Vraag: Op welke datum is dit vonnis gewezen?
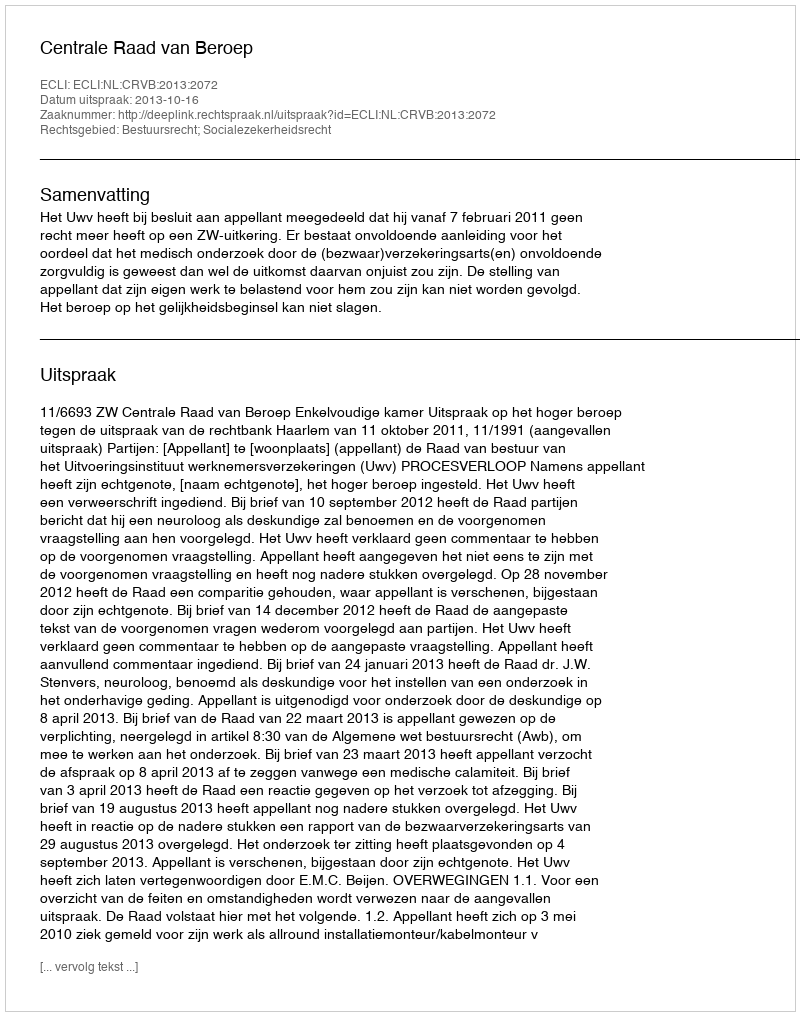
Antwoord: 2013-10-16